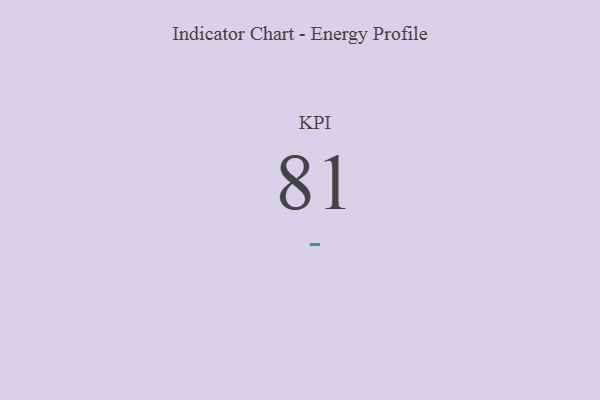
{"axis": {"x": "KPI", "y": "Value"}, "legend": [""], "data": [{"x": "KPI", "y": 81, "type": ""}]}